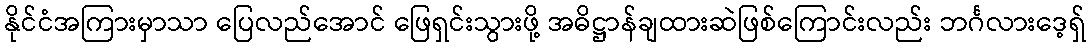
နိုင်ငံအကြားမှာသာ ပြေလည်အောင် ဖြေရှင်းသွားဖို့ အဓိဋ္ဌာန်ချထားဆဲဖြစ်ကြောင်းလည်း ဘင်္ဂလားဒေ့ရှ်